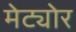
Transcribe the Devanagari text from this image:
मेट्योर